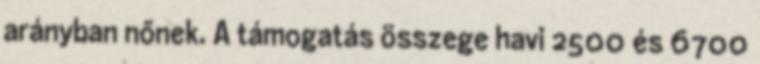
arányban nőnek. A támogatás összege havi 2500 és 6700